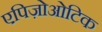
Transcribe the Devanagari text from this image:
एपिज़ोओटिक